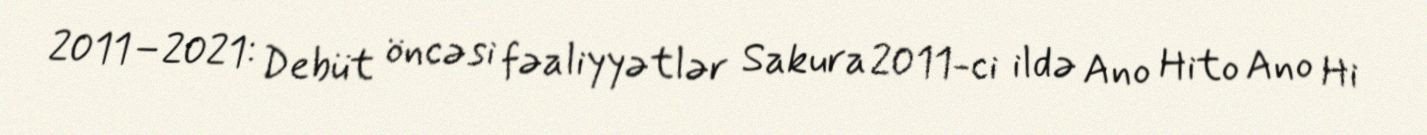
2011–2021: Debüt öncəsi fəaliyyətlər Sakura 2011-ci ildə Ano Hito Ano Hi